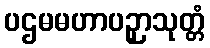
ပဌမမဟာပဉှာသုတ္တံ